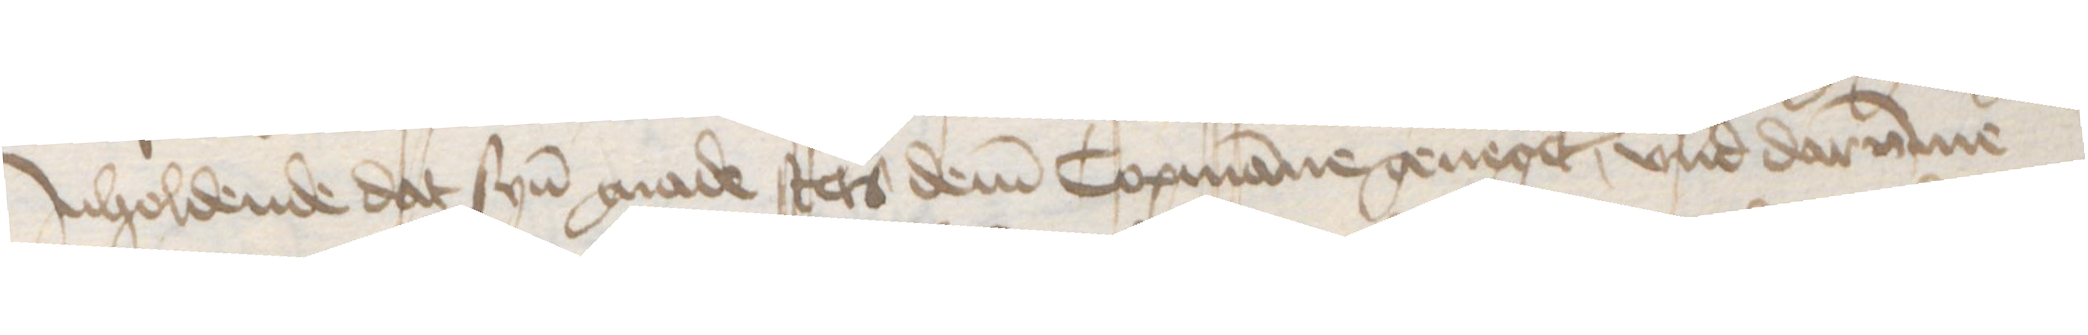
Jnholdende dat syn gnade stets dem Copmanne geneget, vnd darumme